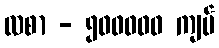
လစာ - ၅၀၀၀၀၀ ကျပ်